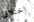
اختلاق